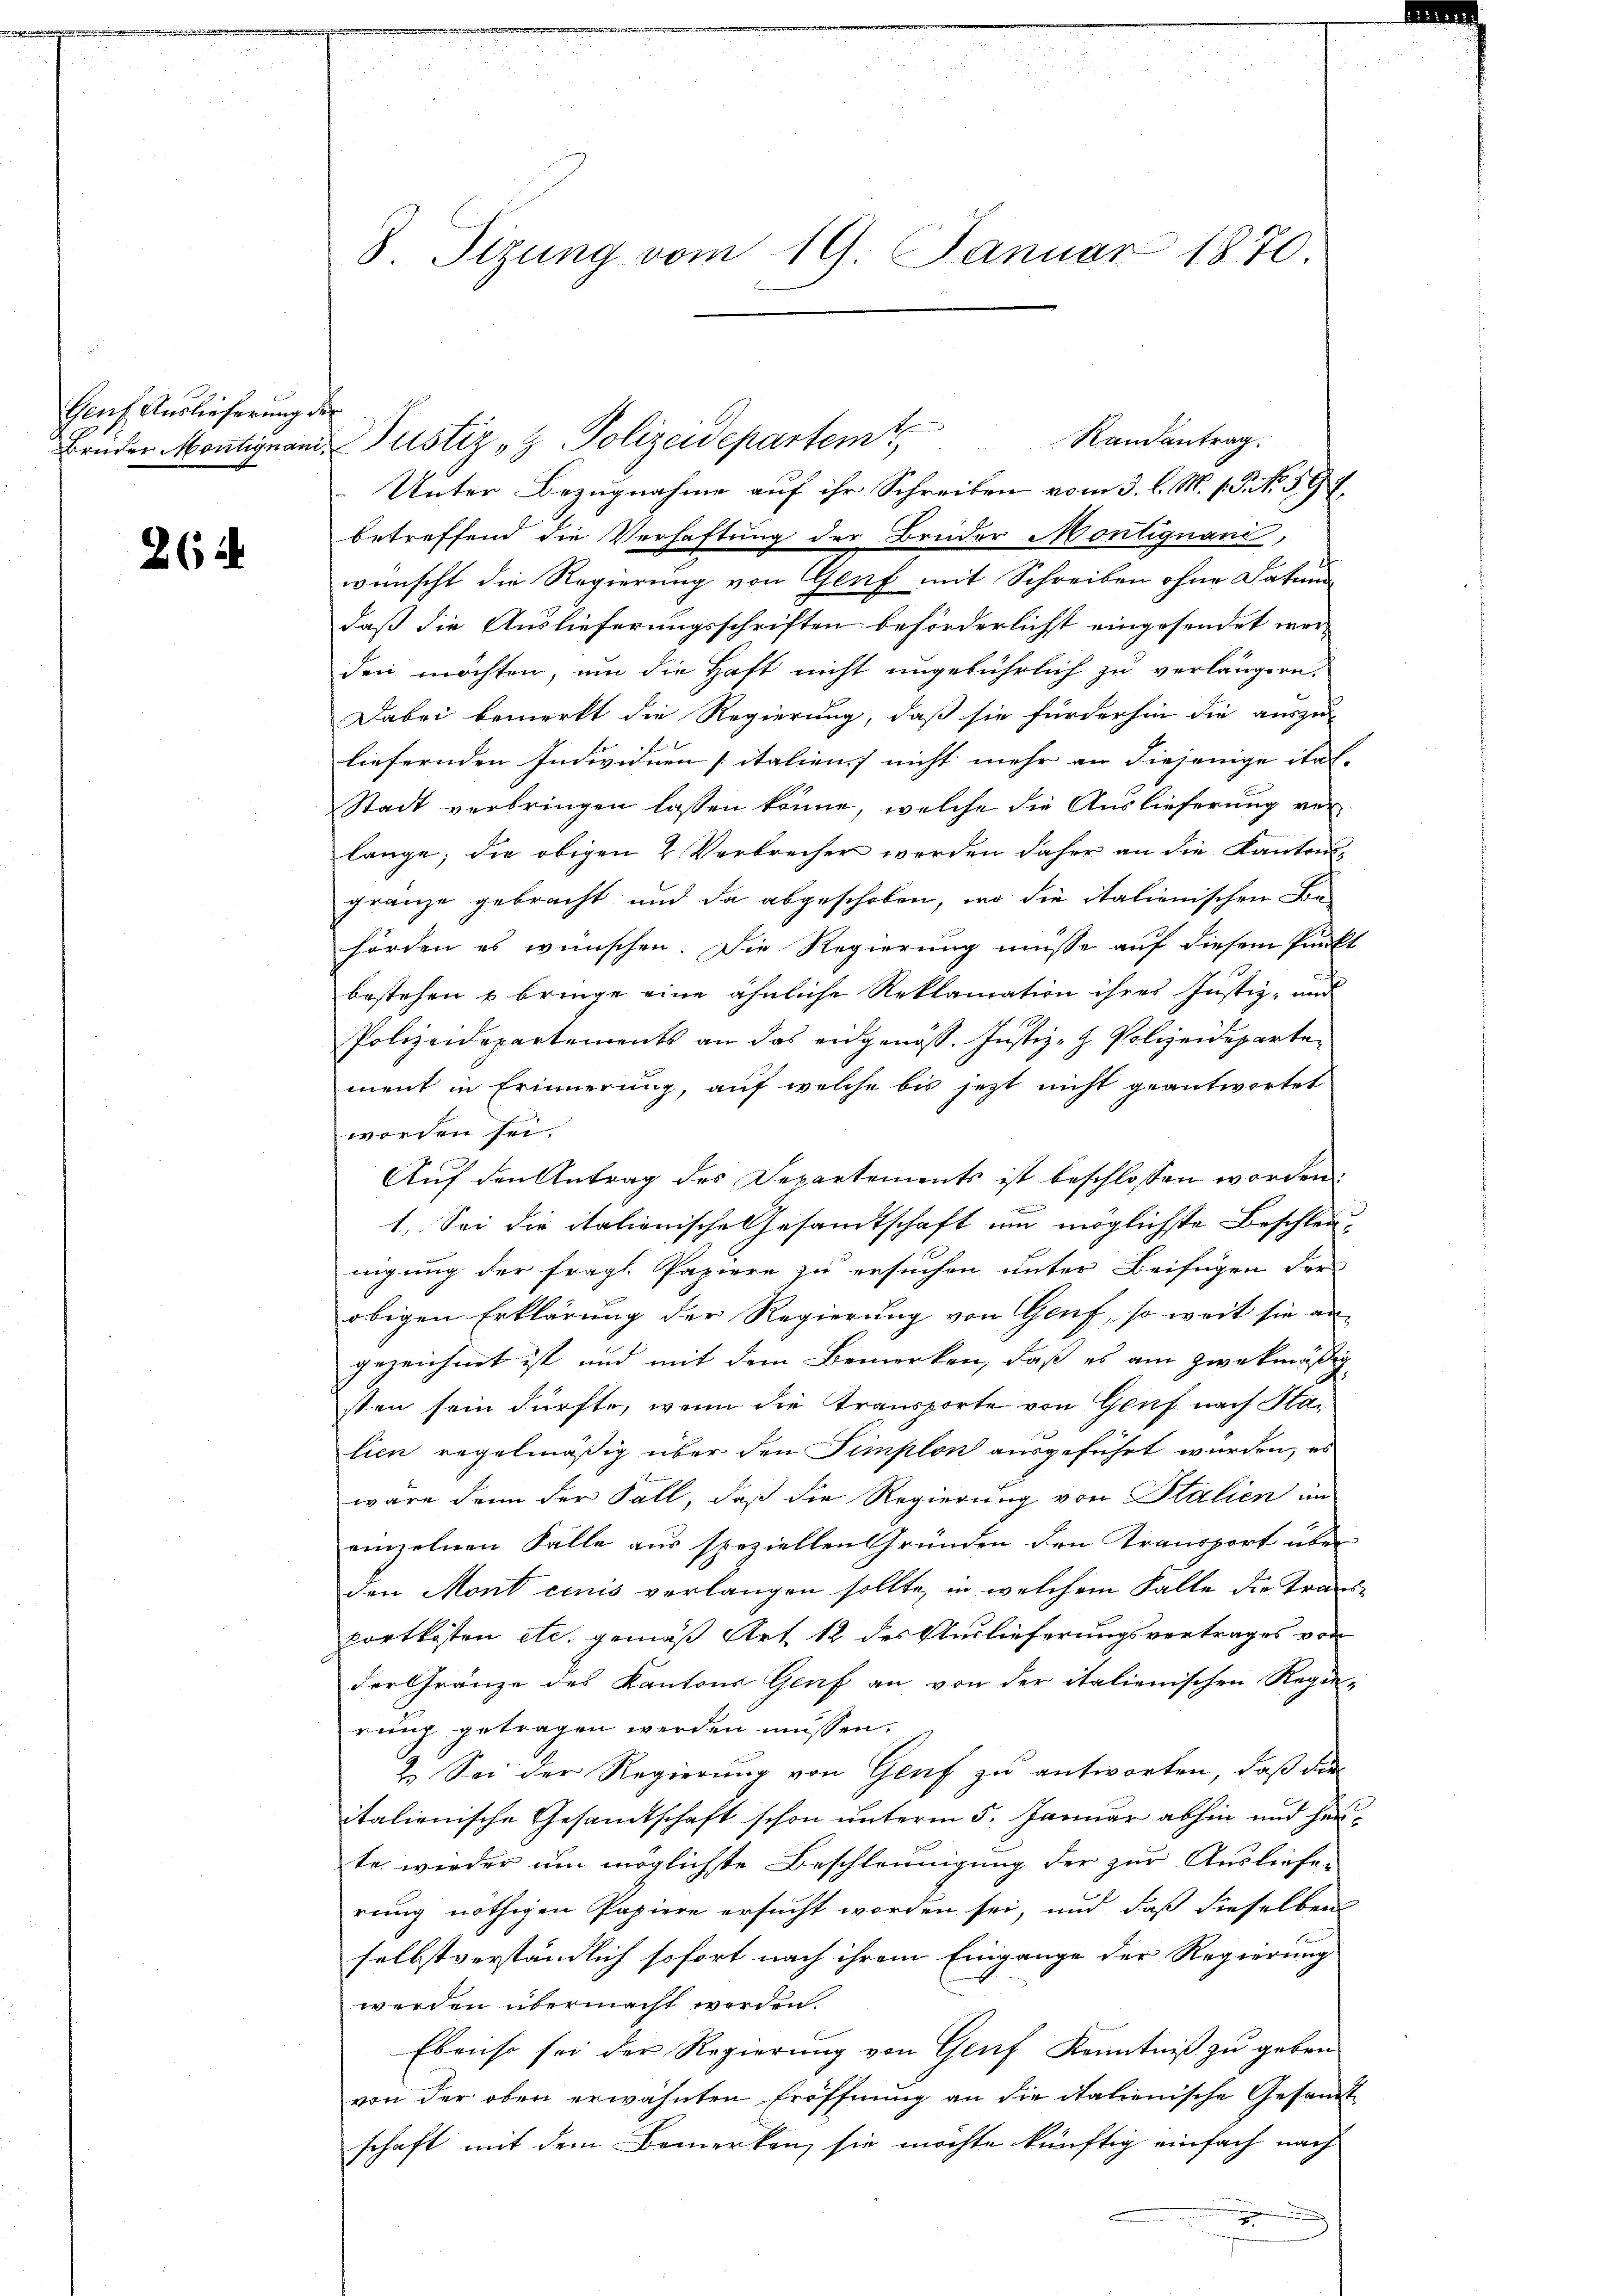
Gent Auslieferung der
2

26 i

b
Randantrag.
Bruder Montignani, Pustiz- & Polizeidepartem
s
Unter Bezugnahme auf ihr Schreiben vom 3. l. M. v. P. Nr. 597
betreffend die Verhaftung der Bruder Montignani,
wünscht die Regierung von Genf mit Schreiben ohne Datum
daß die Auslieferungsschriften beförderlichst eingesendet werden möchten, um die Haft nicht ungebührlich zu verlängern,
Dabei bemerkt die Regierung, daß sie fürderhin die auszu-
liefernden Individuen italien) nicht mehr an diejenige ital- |
Stadt verbringen lassen könne, welche die Auslieferung verlange; die obigen 2 Verbrecher werden daher an die Kantons-
gränze gebracht, und da abgeschoben, wo die italienischen Be-
hörden es wünschen. Die Regierung müsse auf diesem Punkt
bestehen u. bringe eine ähnliche Reklamation ihres Justiz- und
Polizeidepartements an das eidgenöss. Justiz-H. Polizeidepartement in Erinnerung, auf welche bis jetzt nicht geantwortet
worden sei.
Auf den Antrag des Departements ist beschlossen worden.
1. Sei die italienische Gesandtschaft um möglichste Beschleunigung der fragl. Papiere zu ersuchen unter Beifügen der
obigen Erklärung der Regierung von Genf, so weit sie an-
gezeichnet ist und mit dem Bemerken, daß es am zwekmäßig
sten sein dürfte, wenn die Transporte von Genf nach Stalien regelmäßig über den Simplon ausgeführt würden, es
wäre dann der Fall, daß die Regierung von Italien in
einzelnen Fälle aus speziellen Gründen den Transport über
den Mont cinis verlangen sollte, in welchem Falle die Transportkosten etc. gemäß Art. 12 des Auslieferungsvertrages von
der Gränze des Kantons Genf an von der italienischen Rege-
rung getragen werden müssen.
2. Sei der Regierung von Genf zu antworten, daß die
italienische Gesamtschaft schon unterm 5. Januar abhin und herte, wieder um möglichste Beschleunigung der zur Ausliefe-
rung nöthigen Papiere ersucht worden sei, und daß dieselben
selbstverständlich sofort nach ihrem Eingange der Regierung
werden übermacht werden.
Ebenso sei der Regierung von Genf Kenntniß zu geben
von der oben erwähnten Eröffnung an die italienische Gesandt
schaft mit dem Bemerken, sie möchte künftig einfach nach

8. Sizung vom 19. Januar 1870.